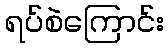
ရပ်စဲကြောင်း